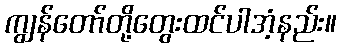
ကျွန်တော်တို့တွေးထင်ပါအံ့နည်း။